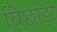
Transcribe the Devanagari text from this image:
विछोड़ा